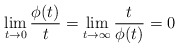
\begin{align*} \lim_{t\rightarrow0}\frac{\phi(t)}{t}= \lim_{t\rightarrow\infty}\frac{t}{\phi(t)}=0\end{align*}